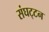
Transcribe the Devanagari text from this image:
संघट्‍टन